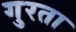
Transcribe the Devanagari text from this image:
गुरता